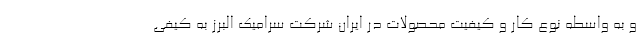
و به واسطه نوع کار و کیفیت محصولات در ایران شرکت سرامیک البرز به کیفی